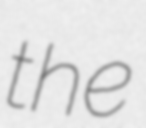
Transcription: the